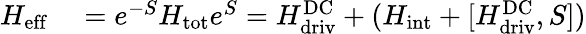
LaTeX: \begin{array}{rl}{H_{\mathrm{eff}}}&{{}={e^{-S}}H_{\mathrm{tot}}{e^{S}}=H_{\mathrm{driv}}^{\mathrm{DC}}+(H_{\mathrm{int}}+[H_{\mathrm{driv}}^{\mathrm{DC}},S])}\end{array}